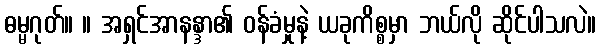
ဓမ္မဂုတ်။ ။ အရှင်အာနန္ဒာ၏ ဝန်ခံမှုနဲ့ ယခုကိစ္စမှာ ဘယ်လို ဆိုင်ပါသလဲ။